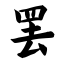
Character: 罢